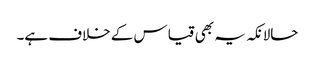
حالانکہ یہ بھی قیاس کے خلاف ہے۔